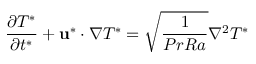
\frac { \partial T ^ { * } } { \partial t ^ { * } } + \mathbf { u } ^ { * } \cdot \nabla T ^ { * } = \sqrt { \frac { 1 } { P r R a } } \nabla ^ { 2 } T ^ { * }